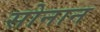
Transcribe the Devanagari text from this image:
सोनान